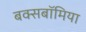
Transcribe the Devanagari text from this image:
बक्सबॉमिया